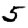
Digit: 5